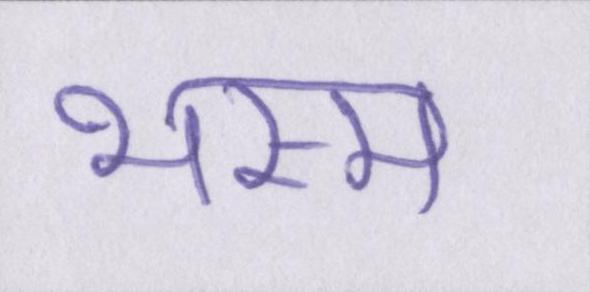
भस्म